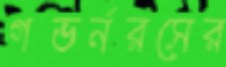
গভর্নরসের